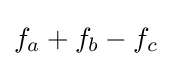
f_{a}+f_{b}-f_{c}